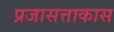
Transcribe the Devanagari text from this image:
प्रजासत्ताकास